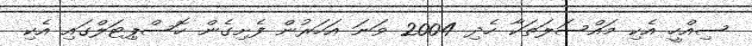
ސިއްހީ އެކި މައްސަލަތަކާ ހެދި 2004 ވަނަ އަހަރުން ފެށިގެން ހޮސްޕިޓަލްގައި އެކި